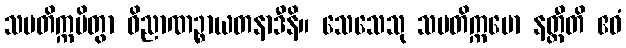
သမတိက္ကမိတွာ ဝိညာဏဉ္စာယတနာဒီနိ။ သေသေသု သမတိက္ကမော နတ္ထီတိ ဧဝံ